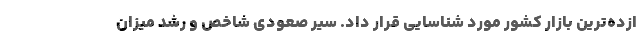
ازده‌ترین بازار کشور مورد شناسایی قرار داد. سیر صعودی شاخص و رشد میزان